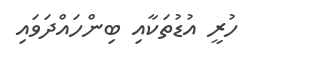
ހުރީ އުޑުތަކާއި ބިންހައްދަވައި